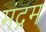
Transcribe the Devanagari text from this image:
मंद्रम